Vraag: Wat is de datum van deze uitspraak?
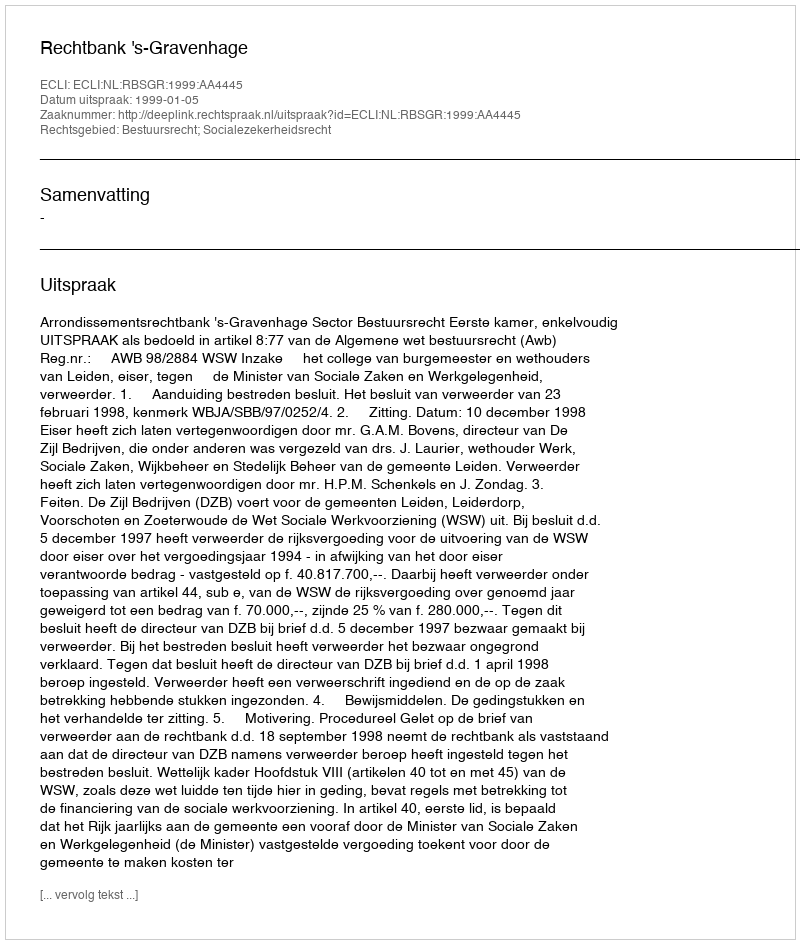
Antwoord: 1999-01-05